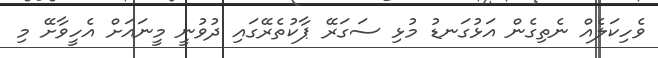
ވެހިކަލެއް ނެތިގެން އަޅުގަނޑު މުޅި ސަގަރޭ ޕާކުތެރޭގައި ދުވުނީ މީނައަށް އެހީވާށޭ މި